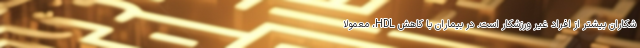
شکاران بیشتر از افراد غیر ورزشکار است. در بیماران با کاهش HDL، معمولا